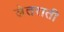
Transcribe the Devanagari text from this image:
लेतराती